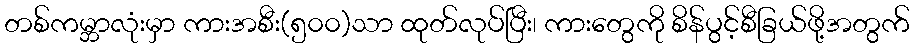
တစ်ကမ္ဘာလုံးမှာ ကားအစီး(၅၀၀)သာ ထုတ်လုပ်ပြီး၊ ကားတွေကို စိန်ပွင့်စီခြယ်ဖို့အတွက်